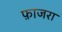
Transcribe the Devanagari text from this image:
फ़ाजरा